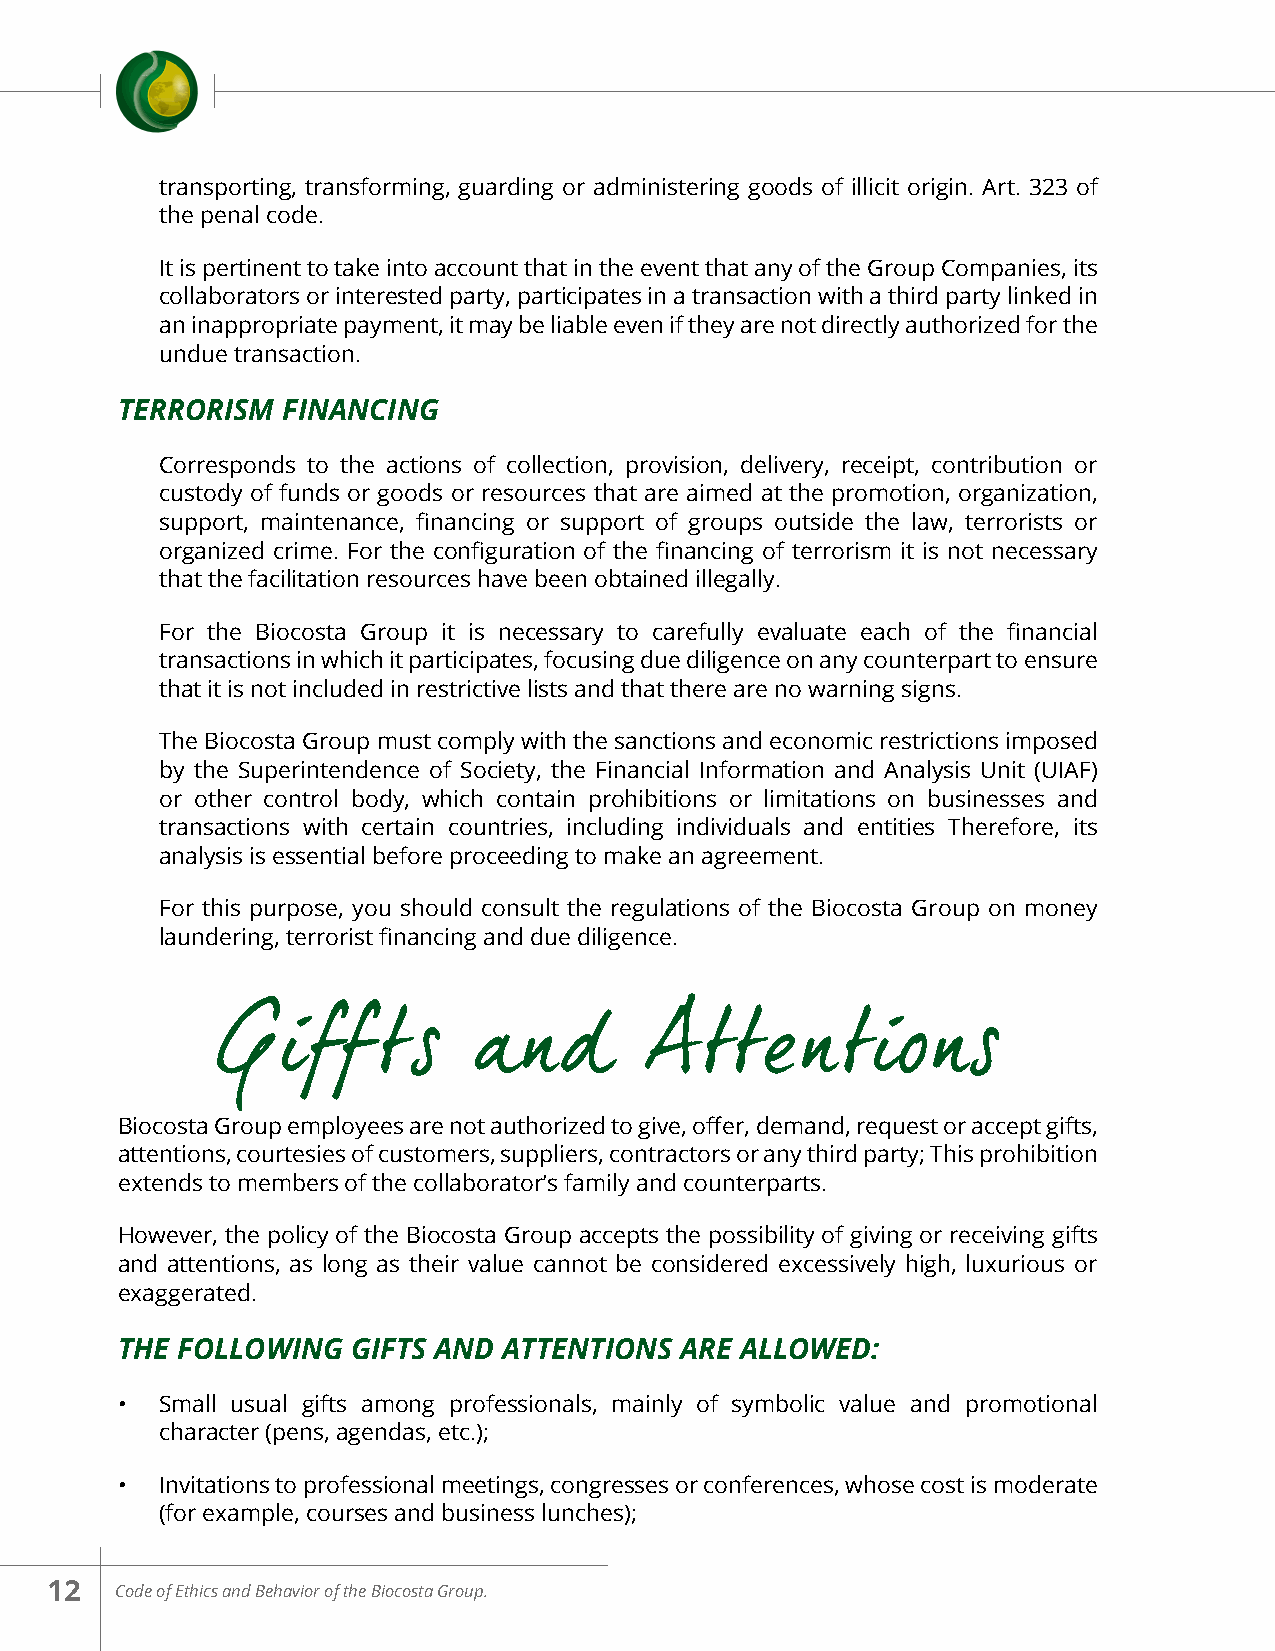
transporting, transforming, guarding or administering goods of illicit origin. Art. 323 of
 the penal code.
 It is pertinent to take into account that in the event that any of the Group Companies, its
 collaborators or interested party, participates in a transaction with a third party linked in
 an inappropriate payment, it may be liable even if they are not directly authorized for the
 undue transaction.
 TERRORISM  FINANCING
 Corresponds to the actions of collection, provision, delivery, receipt, contribution or
 custody of funds or goods or resources that are aimed at the promotion, organization,
 support, maintenance, financing or support of groups outside the law, terrorists or
 organized crime. For the configuration of the financing of terrorism it is not necessary
 that the facilitation resources have been obtained illegally.
 For the Biocosta Group it is necessary to carefully evaluate each of the financial
 transactions in which it participates, focusing due diligence on any counterpart to ensure
 that it is not included in restrictive lists and that there are no warning signs.
 The Biocosta Group must comply with the sanctions and economic restrictions imposed
 by the Superintendence of Society, the Financial Information and Analysis Unit (UIAF)
 or other control body, which contain prohibitions or limitations on businesses and
 transactions with certain countries, including individuals and entities Therefore, its
 analysis is essential before proceeding to make an agreement.
 For this purpose, you should consult the regulations of the Biocosta Group on money
 laundering, terrorist financing and due diligence.
 Giffts           and         Attentions
 Biocosta Group employees are not authorized to give, offer, demand, request or accept gifts,
 attentions, courtesies of customers, suppliers, contractors or any third party; This prohibition
 extends to members of the collaborator’s family and counterparts.
 However, the policy of the Biocosta Group accepts the possibility of giving or receiving gifts
 and attentions, as long as their value cannot be considered excessively high, luxurious or
 exaggerated.
 THE FOLLOWING  GIFTS AND ATTENTIONS  ARE ALLOWED:
 •  Small usual gifts among professionals, mainly of symbolic value and promotional
 character (pens, agendas, etc.);
 •  Invitations to professional meetings, congresses or conferences, whose cost is moderate
 (for example, courses and business lunches);
 12   Code of Ethics and Behavior of the Biocosta Group.